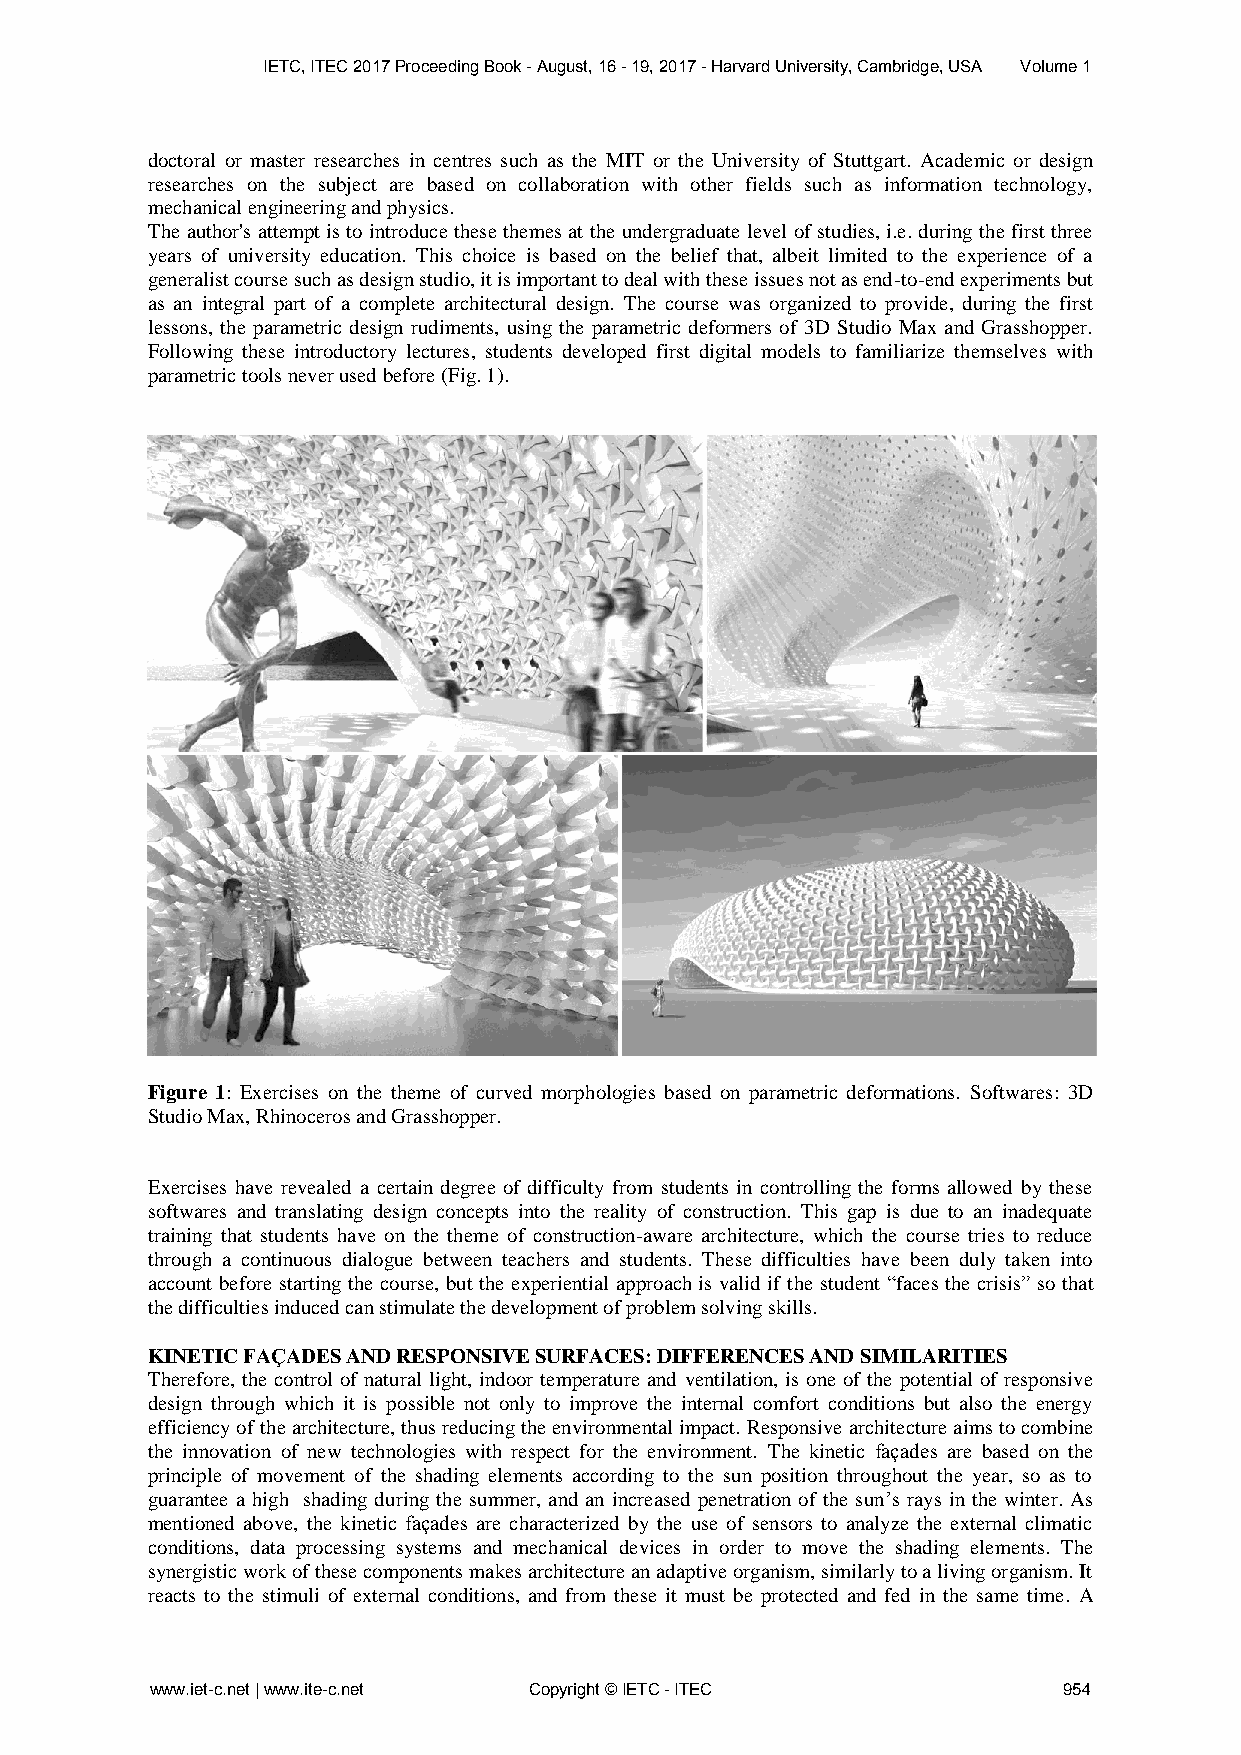
IETC, ITEC 2017 Proceeding Book - August, 16 - 19, 2017 - Harvard University, Cambridge, USA Volume 1
 doctoral or master researches in centres such as the MIT or the University of Stuttgart. Academic or design
 researches on the subject are based on collaboration with other fields such as information technology,
 mechanical engineering and physics.
 The author's attempt is to introduce these themes at the undergraduate level of studies, i.e. during the first three
 years of university education. This choice is based on the belief that, albeit limited to the experience of a
 generalist course such as design studio, it is important to deal with these issues not as end-to-end experiments but
 as an integral part of a complete architectural design. The course was organized to provide, during the first
 lessons, the parametric design rudiments, using the parametric deformers of 3D Studio Max and Grasshopper.
 Following these introductory lectures, students developed first digital models to familiarize themselves with
 parametric tools never used before (Fig. 1).
 Figure 1: Exercises on the theme of curved morphologies based on parametric deformations. Softwares: 3D
 Studio Max, Rhinoceros and Grasshopper.
 Exercises have revealed a certain degree of difficulty from students in controlling the forms allowed by these
 softwares and translating design concepts into the reality of construction. This gap is due to an inadequate
 training that students have on the theme of construction-aware architecture, which the course tries to reduce
 through a continuous dialogue between teachers and students. These difficulties have been duly taken into
 account before starting the course, but the experiential approach is valid if the student “faces the crisis” so that
 the difficulties induced can stimulate the development of problem solving skills.
 KINETIC FAÇADES AND RESPONSIVE SURFACES: DIFFERENCES AND SIMILARITIES
 Therefore, the control of natural light, indoor temperature and ventilation, is one of the potential of responsive
 design through which it is possible not only to improve the internal comfort conditions but also the energy
 efficiency of the architecture, thus reducing the environmental impact. Responsive architecture aims to combine
 the innovation of new technologies with respect for the environment. The kinetic façades are based on the
 principle of movement of the shading elements according to the sun position throughout the year, so as to
 guarantee a high shading during the summer, and an increased penetration of the sun’s rays in the winter. As
 mentioned above, the kinetic façades are characterized by the use of sensors to analyze the external climatic
 conditions, data processing systems and mechanical devices in order to move the shading elements. The
 synergistic work of these components makes architecture an adaptive organism, similarly to a living organism. It
 reacts to the stimuli of external conditions, and from these it must be protected and fed in the same time. A
 www.iet-c.net | www.ite-c.net Copyright © IETC - ITEC       954